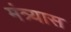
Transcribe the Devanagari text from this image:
मंत्र्यास